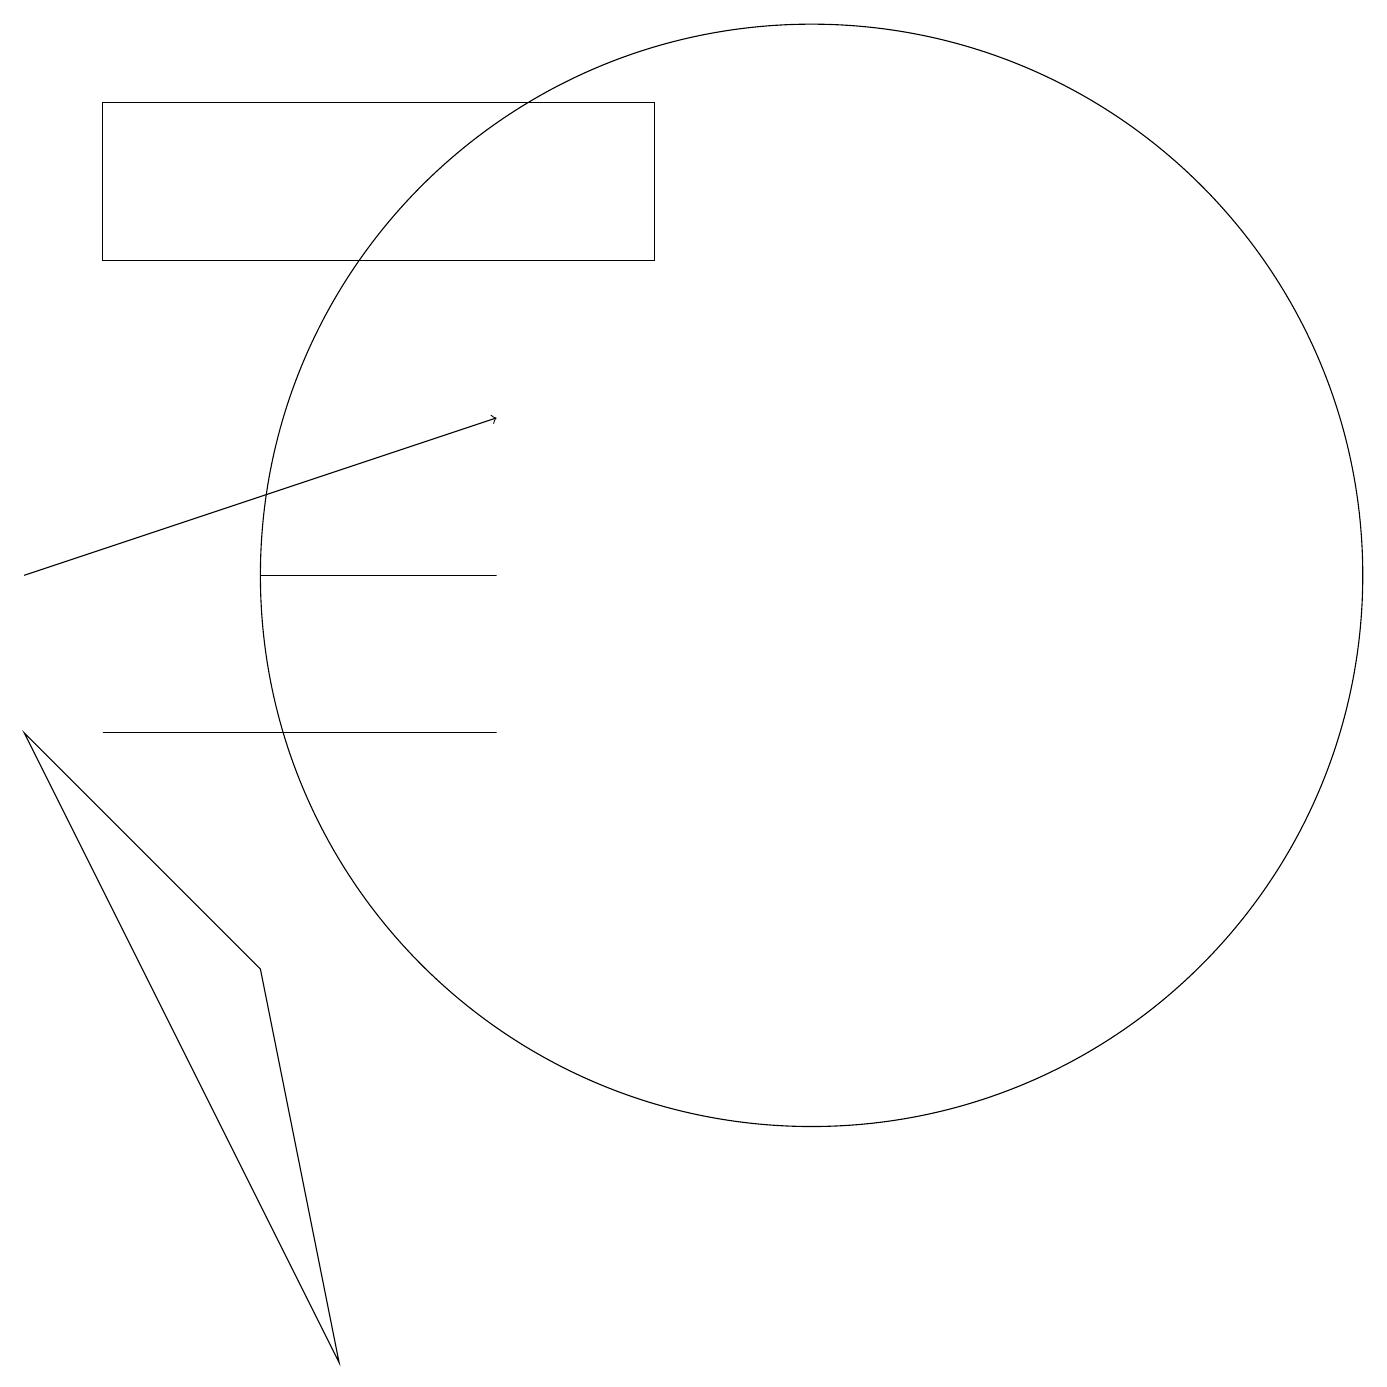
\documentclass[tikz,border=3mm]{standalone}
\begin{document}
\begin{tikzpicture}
\draw (10,11) circle (7);
\draw (6,11) rectangle (3,11);
\draw (1,9) -- (6,9) -- (2,9) -- cycle;
\draw (1,15) rectangle (8,17);
\draw[->] (0,11) -- (6,13);
\draw (0,9) -- (3,6) -- (4,1) -- cycle;
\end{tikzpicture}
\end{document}